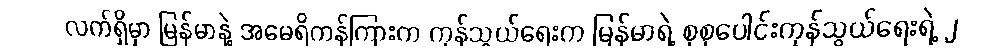
လက်ရှိမှာ မြန်မာနဲ့ အမေရိကန်ကြားက ကုန်သွယ်ရေးက မြန်မာရဲ့ စုစုပေါင်းကုန်သွယ်ရေးရဲ့ ၂